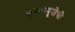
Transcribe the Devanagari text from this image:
चरकपूजेची